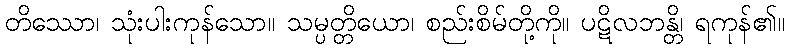
တိဿော၊ သုံးပါးကုန်သော။ သမ္ပတ္တိယော၊ စည်းစိမ်တို့ကို။ ပဋိလဘန္တိ၊ ရကုန်၏။